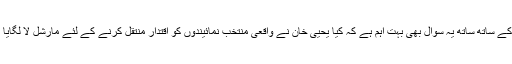
اس کے ساتھ ساتھ یہ سوال بھی بہت اہم ہے کہ کیا یحییٰ خان نے واقعی منتخب نمائیندوں کو اقتدار منتقل کرنے کے لئے مارشل لا لگایا تھا؟